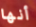
أنها